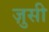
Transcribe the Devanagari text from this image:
ज़ुसी